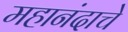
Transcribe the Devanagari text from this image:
महानंदाचे